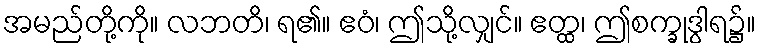
အမည်တို့ကို။ လဘတိ၊ ရ၏။ ဧဝံ၊ ဤသို့လျှင်။ ဧတ္ထ၊ ဤစက္ခုဒွါရ၌။